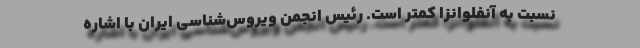
نسبت به آنفلوانزا کمتر است. رئیس انجمن ویروس‌شناسی ایران با اشاره